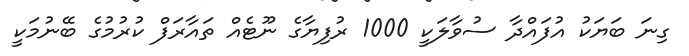
ގިނަ ބަޔަކު އުފައްދާ ސުވާލަކީ 1000 ރުފިޔާގެ ނޫޓެއް ތައާރަފް ކުރުމުގެ ބޭނުމަކީ